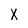
Character: X